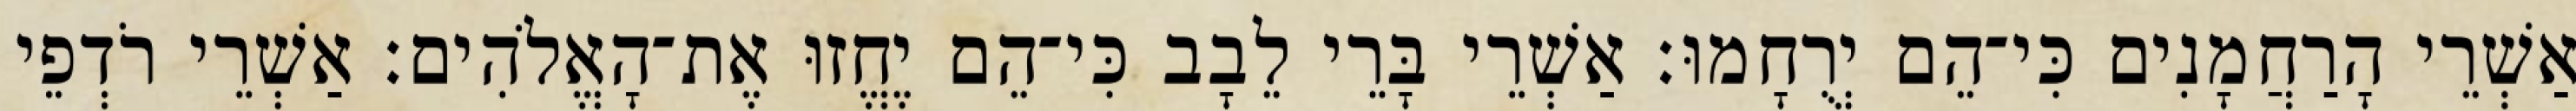
אַשְׁרֵי הָרַחֲמָנִים כִּי־הֵם יְרֻחָמוּ׃ אַשְׁרֵי בָּרֵי לֵבָב כִּי־הֵם יֶחֱזוּ אֶת־הָאֱלֹהִים׃ אַשְׁרֵי רֹדְפֵי